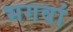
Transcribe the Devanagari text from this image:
भगवां